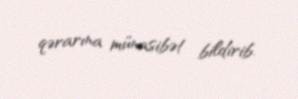
qərarına münasibət bildirib.